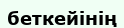
беткейінің